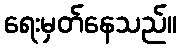
ရေးမှတ်နေသည်။